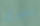
ساحاول